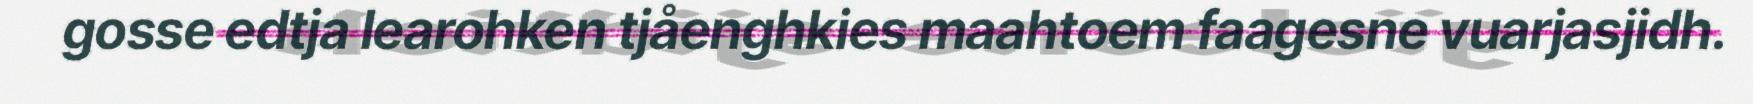
gosse edtja learohken tjåenghkies maahtoem faagesne vuarjasjidh.